Vital statistics of India. Vol. IV, Annual returns from 1871 to 1876. British Army of India, Native Army and jails of Bengal
Year: 1871
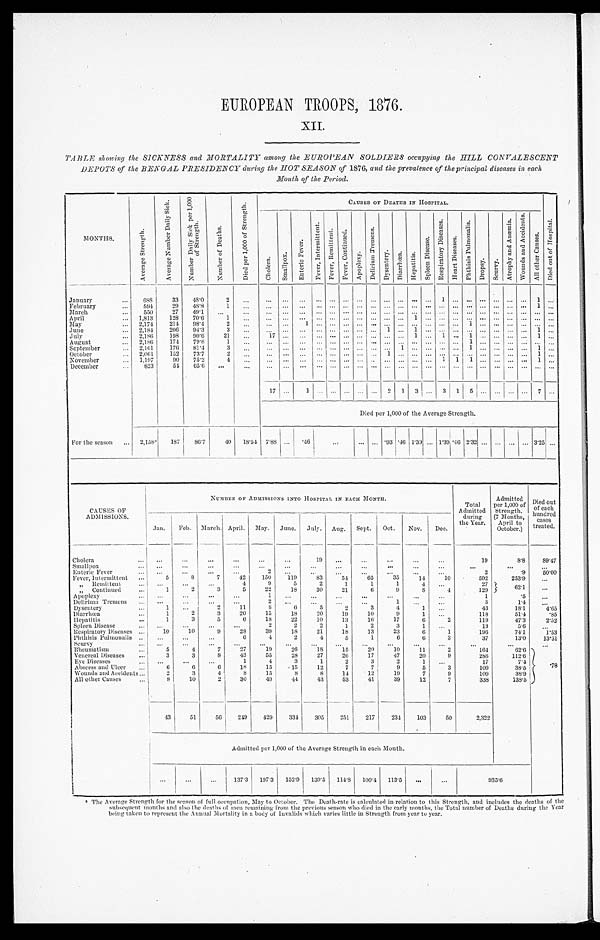
EUROPEAN TROOPS, 1876.
X I I .
TABLE showing the SICKNESS and MORTALITY among the EUROPEAN SOLDIERS occupying the HILL CONVALESCENT
DEPOTS of the BENGAL PRESIDENCY during the HOT SEASON of 1876, and the prevalence of the principal diseases in each
Month of the Period.
M O N T H S .
A v e r a g e S t r e n g t h .
A v e r a g e N u m b e r D a i l y
S i c k .
N u m b e r D a i l y S i c k p e r 1 , 0 0 0 o f S t r e n g t h .
N u m b e r o f D e a t h s .
D i e d p e r 1 , 0 0 0 o f
S t r e n g t h .
CAUSES OF DEATHS IN HOSPITAL
C h o l e r a .
S m a l l p o x .
E n t e r i c F e v e r .
F e v e r , I n t e r m i t t e n t .
F e v e r e s , R e m i t t e n t .
F e v e r , C o n t i n u e d .
A p o p l e x y .
D e l i r i u m T r e m e n s .
D y s e n t e r y . D i a r r h œ a . H e p a t i t i s .
S p l e e n D i s e a s e . R e s p i r a t o r y D i s e a s e s .
H e a r t D i s e a s e s .
P h t h s i s P u l m o n a l i s .
D r o p s y .
S c u r v y .
A t r o p h y a n d
A n æmi a .
W o u n d s a n d A c c i d e n t .
A l l o t h e r C a u s e s .
D i e d o u t o f H o s p i t a l .
January
...
6 8 8
33
48.0
2
. . .
... ... ... ...
. . . ...
. . .
. . .
... ... . . . ...
1
. . . . . . . . . . . . . . .
. . . 1 . . .
February
...
594
29
48.8
1
...
... ... ...
. . . . . . . . .
. . . ...
. . . ... . . .
. . . . . . . . . . . . . . . . . .
. . . . . . 1
. . .
March
...
550
27
49.1
...
...
... ...
. . .
. . . ...
. . .
. . . ...
. . . . . . . . . ...
. . .
. . .
. . . . . .
. . . . . .
. . . ... ...
April
... 1,813
128
70.6
1
...
. . . ... ... ... ... ... ... ... ... ...
1
. . . . . .
. . . . . . . . . . . . . . .
. . . . . . . . .
May
... 2,174
214 98.4
2
...
. . . . . .
1 . . .
. . . . . .
. . . . . .
. . . . . . . . . . . . . . .
. . . 1 . . . . . .
. . . . . . . . . . . .
June
. . . 2,184
206 94.3
3
. . .
. . . ... ...
. . .
. . . . . .
. . . ...
1
. . . 1 . . . . . . ... ... ...
. . . . . . ... 1
. . .
July
... 2,186
198 90.6
21
...
1 7 ...
. . . ... ... ... ... ...
. . . . . . 1 ... 1
. . . 1
. . . . . . . . .
. . . 1 . . .
August
2,186
174
79.6
1
. . . . . .
. . .
. . . . . . . . . . . .
. . . . . .
. . .
. . . . . .
. . . . . .
. . . 1
. . . . . . . . .
. . . . . . . . .
September
... 2,161
176
81'4
3
...
. . . ... ... ... ... ... ... ... ...
1 . . .
. . . . . .
. . . 1 . . . . . . . . .
. . . 1 ...
October
... 2,061
152
73.7
2
. . . . . .
. . .
. . .
. . . . . . . . .
. . . . . .
1
. . . . . .
. . . . . .
. . . . . . . . . . . . . . .
. . . 1 . . .
November
... 1,197
90
75.2
4
. . . . . .
. . .
. . .
. . . . . . . . .
. . . . . .
. . . . . . . . .
. . . 1
1
1 . . . . . . . . .
. . . 1 . . .
December
. . . 823
54 65.6 ...
...
...
. . .
. . .
. . . ... ...
. . . . . . ... ... ... ...
. . . ... ... ... ... ... ... ... ...
17 ... 1 ... ...
. . . . . . . . . 2 1
3 ...
3 1 5
. . . . . . ... ... 7 ...
Died per 1,000 of the Average Strength.
For the season ... 2,158 ‫٭‬
187
86.7
40 18.54 7.88 ...
. 4 6
. . .
...
. . . .93 .46 1.39 ...
1 . 3 9 . 4 6 2.32 ... ... ... ... 3.25 ...
CAUSES OF
ADMISSIONS.
NUMBER OF ADMISSIONS INTO HOSPITAL IN EACH MONTH.
Total
Admitted
during
the Year.
Admitted
per 1,000 of
Strength.
(7 Months,
A p r i l t o O c t o b e r . )
Died out.
o f e a c h h u n d r e d c a s e s t r e a t e d .
'
Jan.
Feb. March. April. May. June. July. Aug. Sept. Oct.
I
Nov.
Dec.
Cholera
. . .
...
...
...
. . .
...
...
19
...
...
...
...
...
19
8.8
89.47
Smallpox
. . . ...
...
...
...
...
...
...
...
...
...
...
...
...
...
Enteric Fever
...
...
. . .
...
...
2
. . .
. . . ...
...
. . .
...
. . .
2
.9
50.00
Fever, Intermittent ...
5
8
7
42
150
119
83
54
65
35
14
10
592
253.9
...
„ Remittent
...
...
...
...
4
9
5
2
1
1
1
4
. . .
27
62.1
. . .
„ Continued
...
1
2
3
5
22
18
30
21
6
9
8
4
129
Apoplexy
...
...
. . .
...
...
1
. . . ...
. . . ...
...
...
. . .
1
.5
...
Delirium Tremens
...
. . .
. . .
...
2
. . .
. . .
. . .
. . .
1
. . .
. . .
3
1.4
. . .
Dysentery
...
1
. . .
2
11
8
6
5
2
3
4
1
...
43
18.1
4.65
Diarrhœa
...
1
2
3
20
15
18
20
19
10
9
1
118
51.4
.85
Hepatitis
...
1
3
5
6
18
22
10
13
16
17
6
2
119
47.3
2.52
Spleen Diseas
... ...
...
...
...
2
2
2
1
2
3
1
. . .
13
5.6
. . .
Respiratory Diseases ...
1 0
10
9
28
39
18
21
18
13
23
6
1
196
74.1
1 . 5 3
Phthisis Pulmonalis ..
...
...
...
6
4
2
4
5
1
6
6
3
37
13.0
13.51
Scurvy
... ...
. . .
...
. . .
. . .
. . .
. . .
. . .
. . .
. . . ...
...
. . .
. . .
. . .
Rheumatism
...
5
4
7
27
1 9
26
1 8
15
20
10
11
2
164
6 2 . 6
.78
Venereal Diseases
...
3
3
8
43
55
28
27
26
17
47
20
9
286
112.6
Eye Diseases
...
...
...
...
1
4
3
1
2
3
2
1
. . .
17
7.4
Abscess and Ulcer
...
6
6
6
18
15
15
12
7
7
9
5
3
109
38.5
Wounds and Accidents...
2
3
4
8
15
8
8
14
12
19
7
9
109
38.9
All other Causes
...
8
10
2
30
49
44
43
53
41
39
12
7
338
138.5
43
51
56
249
429
331
305
251
217 I 234
103
50
2,322
Admitted per 1,000 of the Average Strength in each Month.
...
...
...
137.3 197.3 152.9 139.5 114.8 100.4 113.5
. . .
...
9 3 5 . 6
‫٭‬ T h e A v e r a g e S t r e n g t h f o r t h e s e a s o n o f f u l l o c c u p a t i o n , M a y t o O c t o b e r . T h e D e a t h - r a t e i s c a l c u l a t e d i n r e l a t i o n t o t h i s S t r e n g t h , a n d i n c l u d e s t h e d e a t h s o f t h e
subsequent months and also the deaths of men remaining from the previous season who died in the early months, the Total number of Deaths during the Year
being taken to represent the Annual Mortality in a body of Invalids which varies little in Strength from year to year.